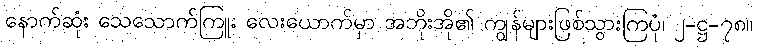
နောက်ဆုံး သေသောက်ကြူး လေးယောက်မှာ အဘိုးအို၏ ကျွန်များဖြစ်သွားကြပုံ၊ ၂-ဋ္ဌ-၇၈။